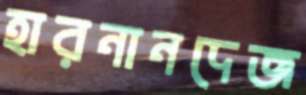
হারনানদেজ